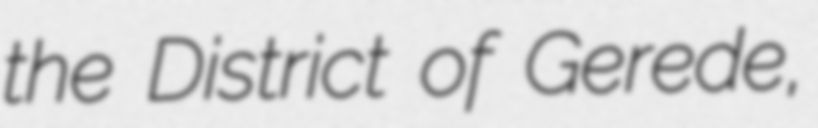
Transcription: the District of Gerede,